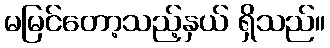
မမြင်တော့သည့်နှယ် ရှိသည်။